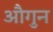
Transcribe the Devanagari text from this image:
औगुन